Bréfritari: Þuríður Hallgrímsdóttir
Viðtakandi: Sólveig Jónsdóttir
Dagsetning: A-1866-08-12
Skrifað á: Hólmum  S-Múl.
Sólveig var dóttir Þuríðar

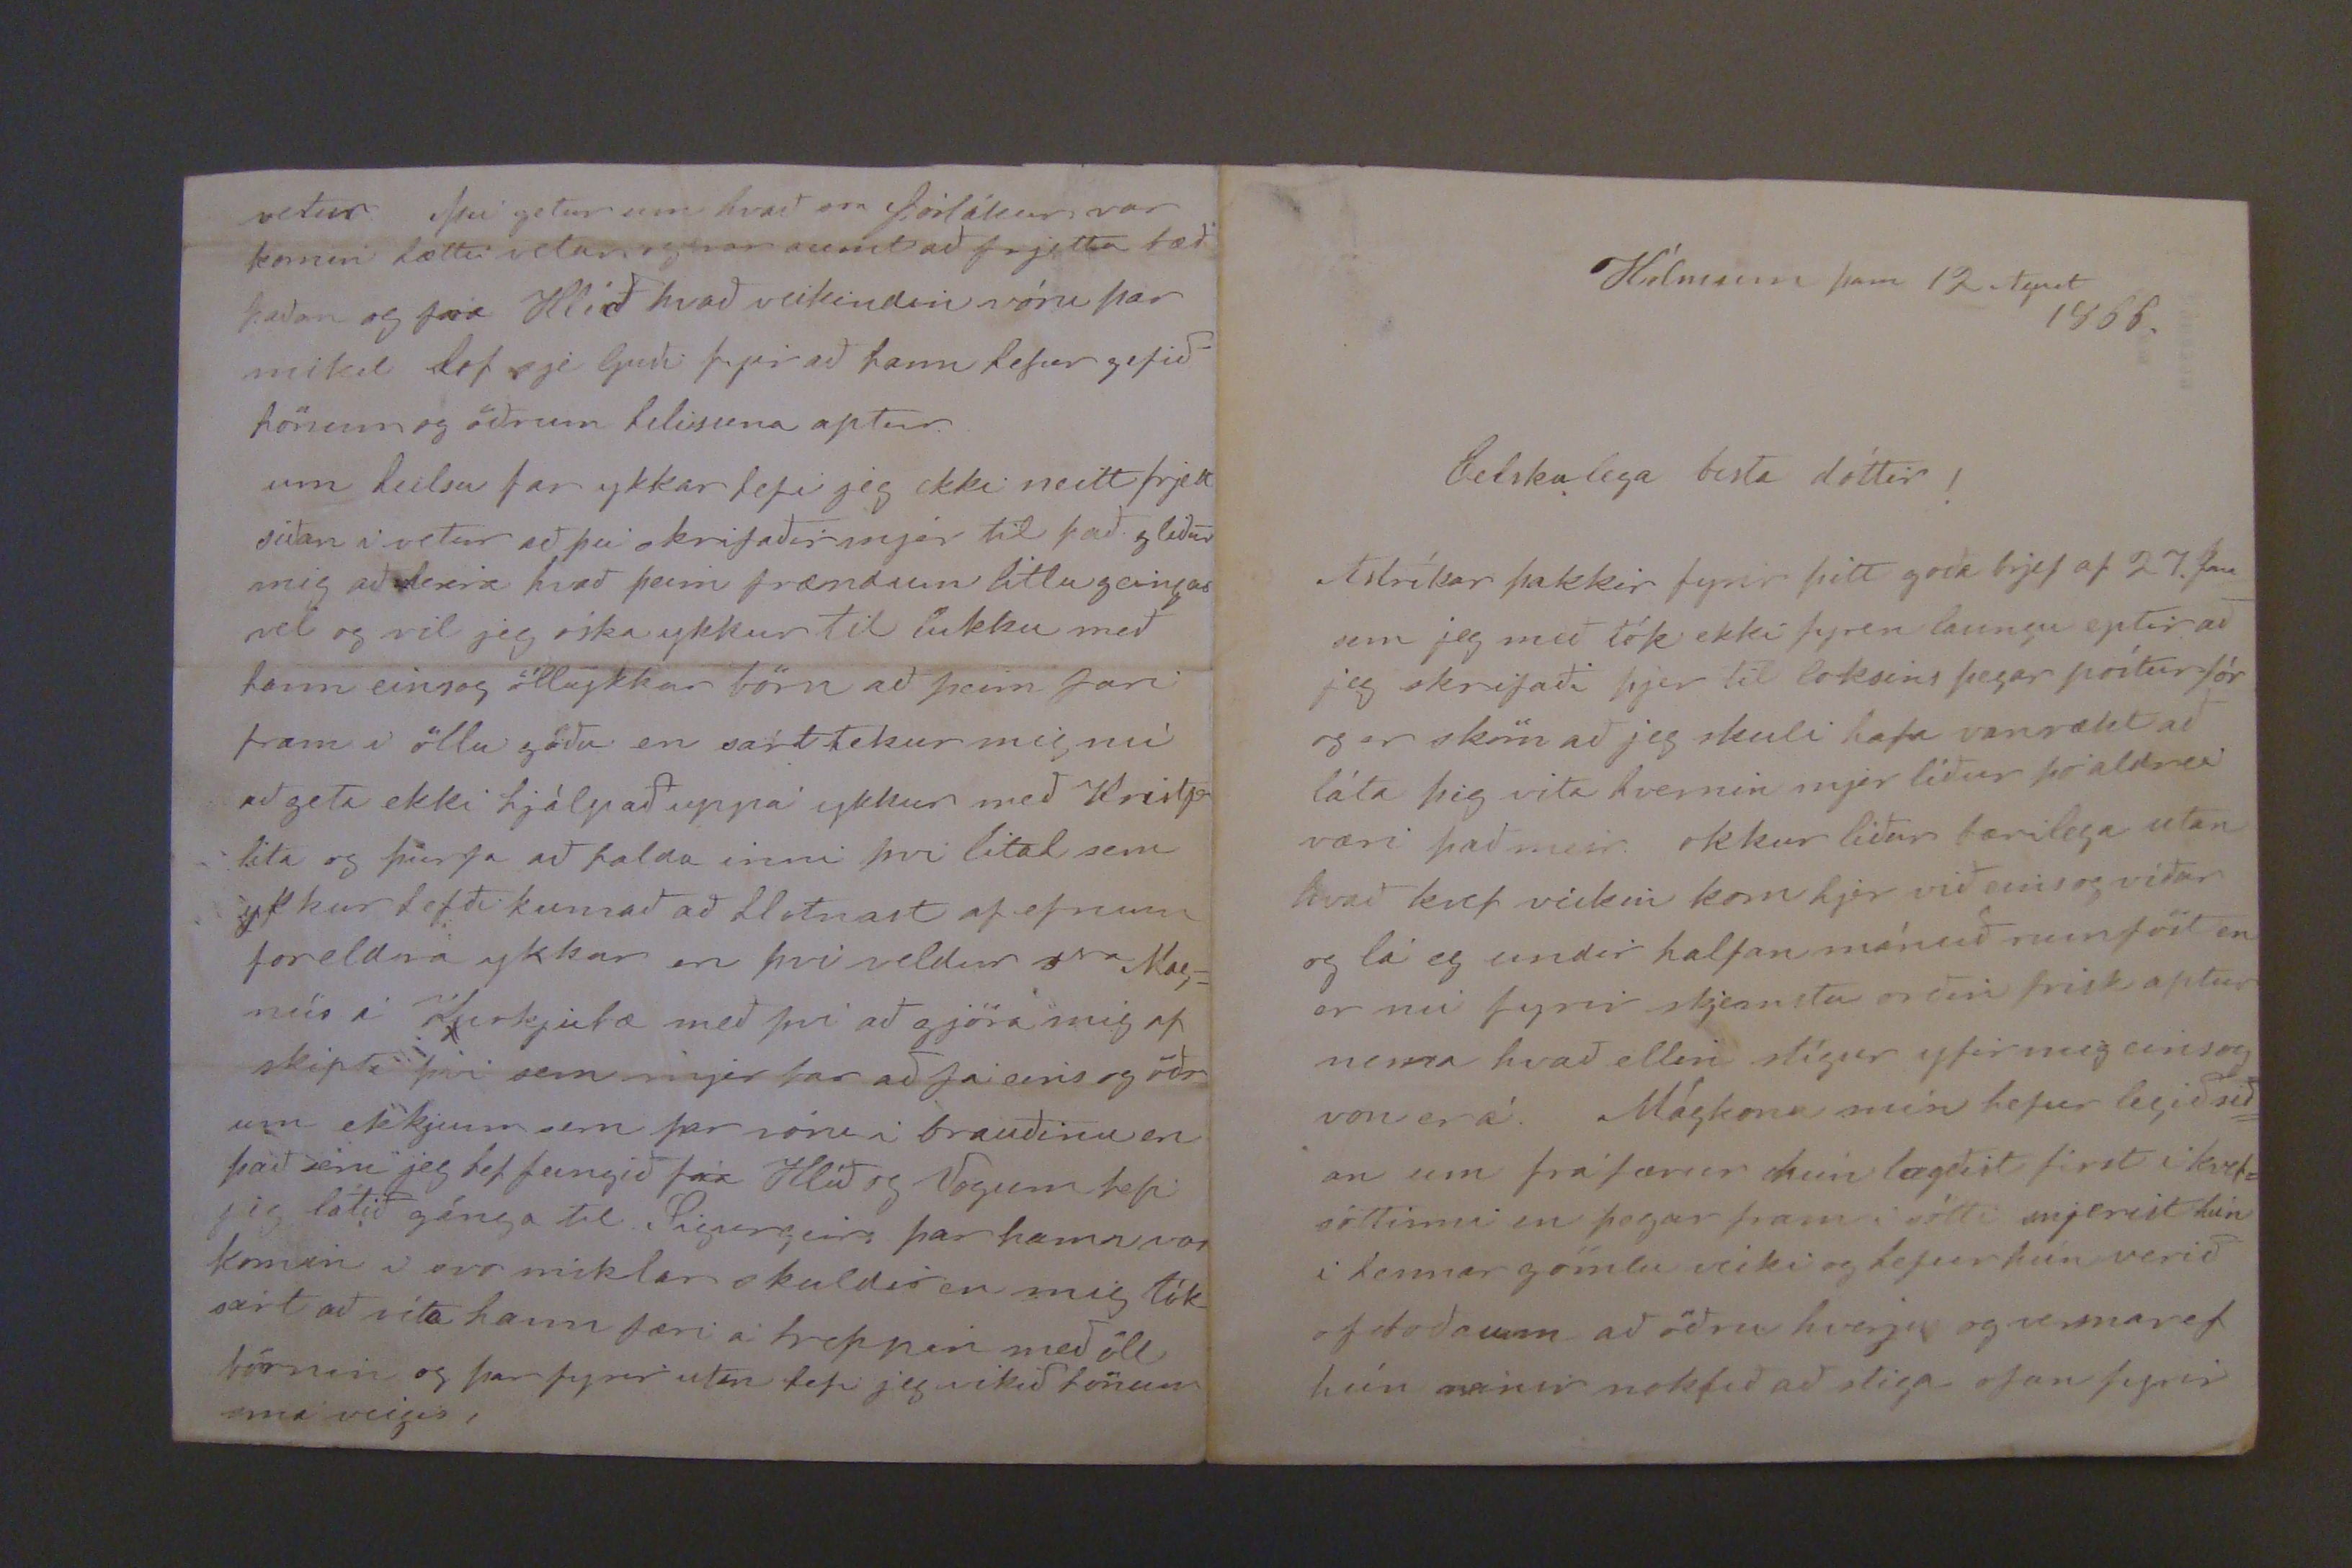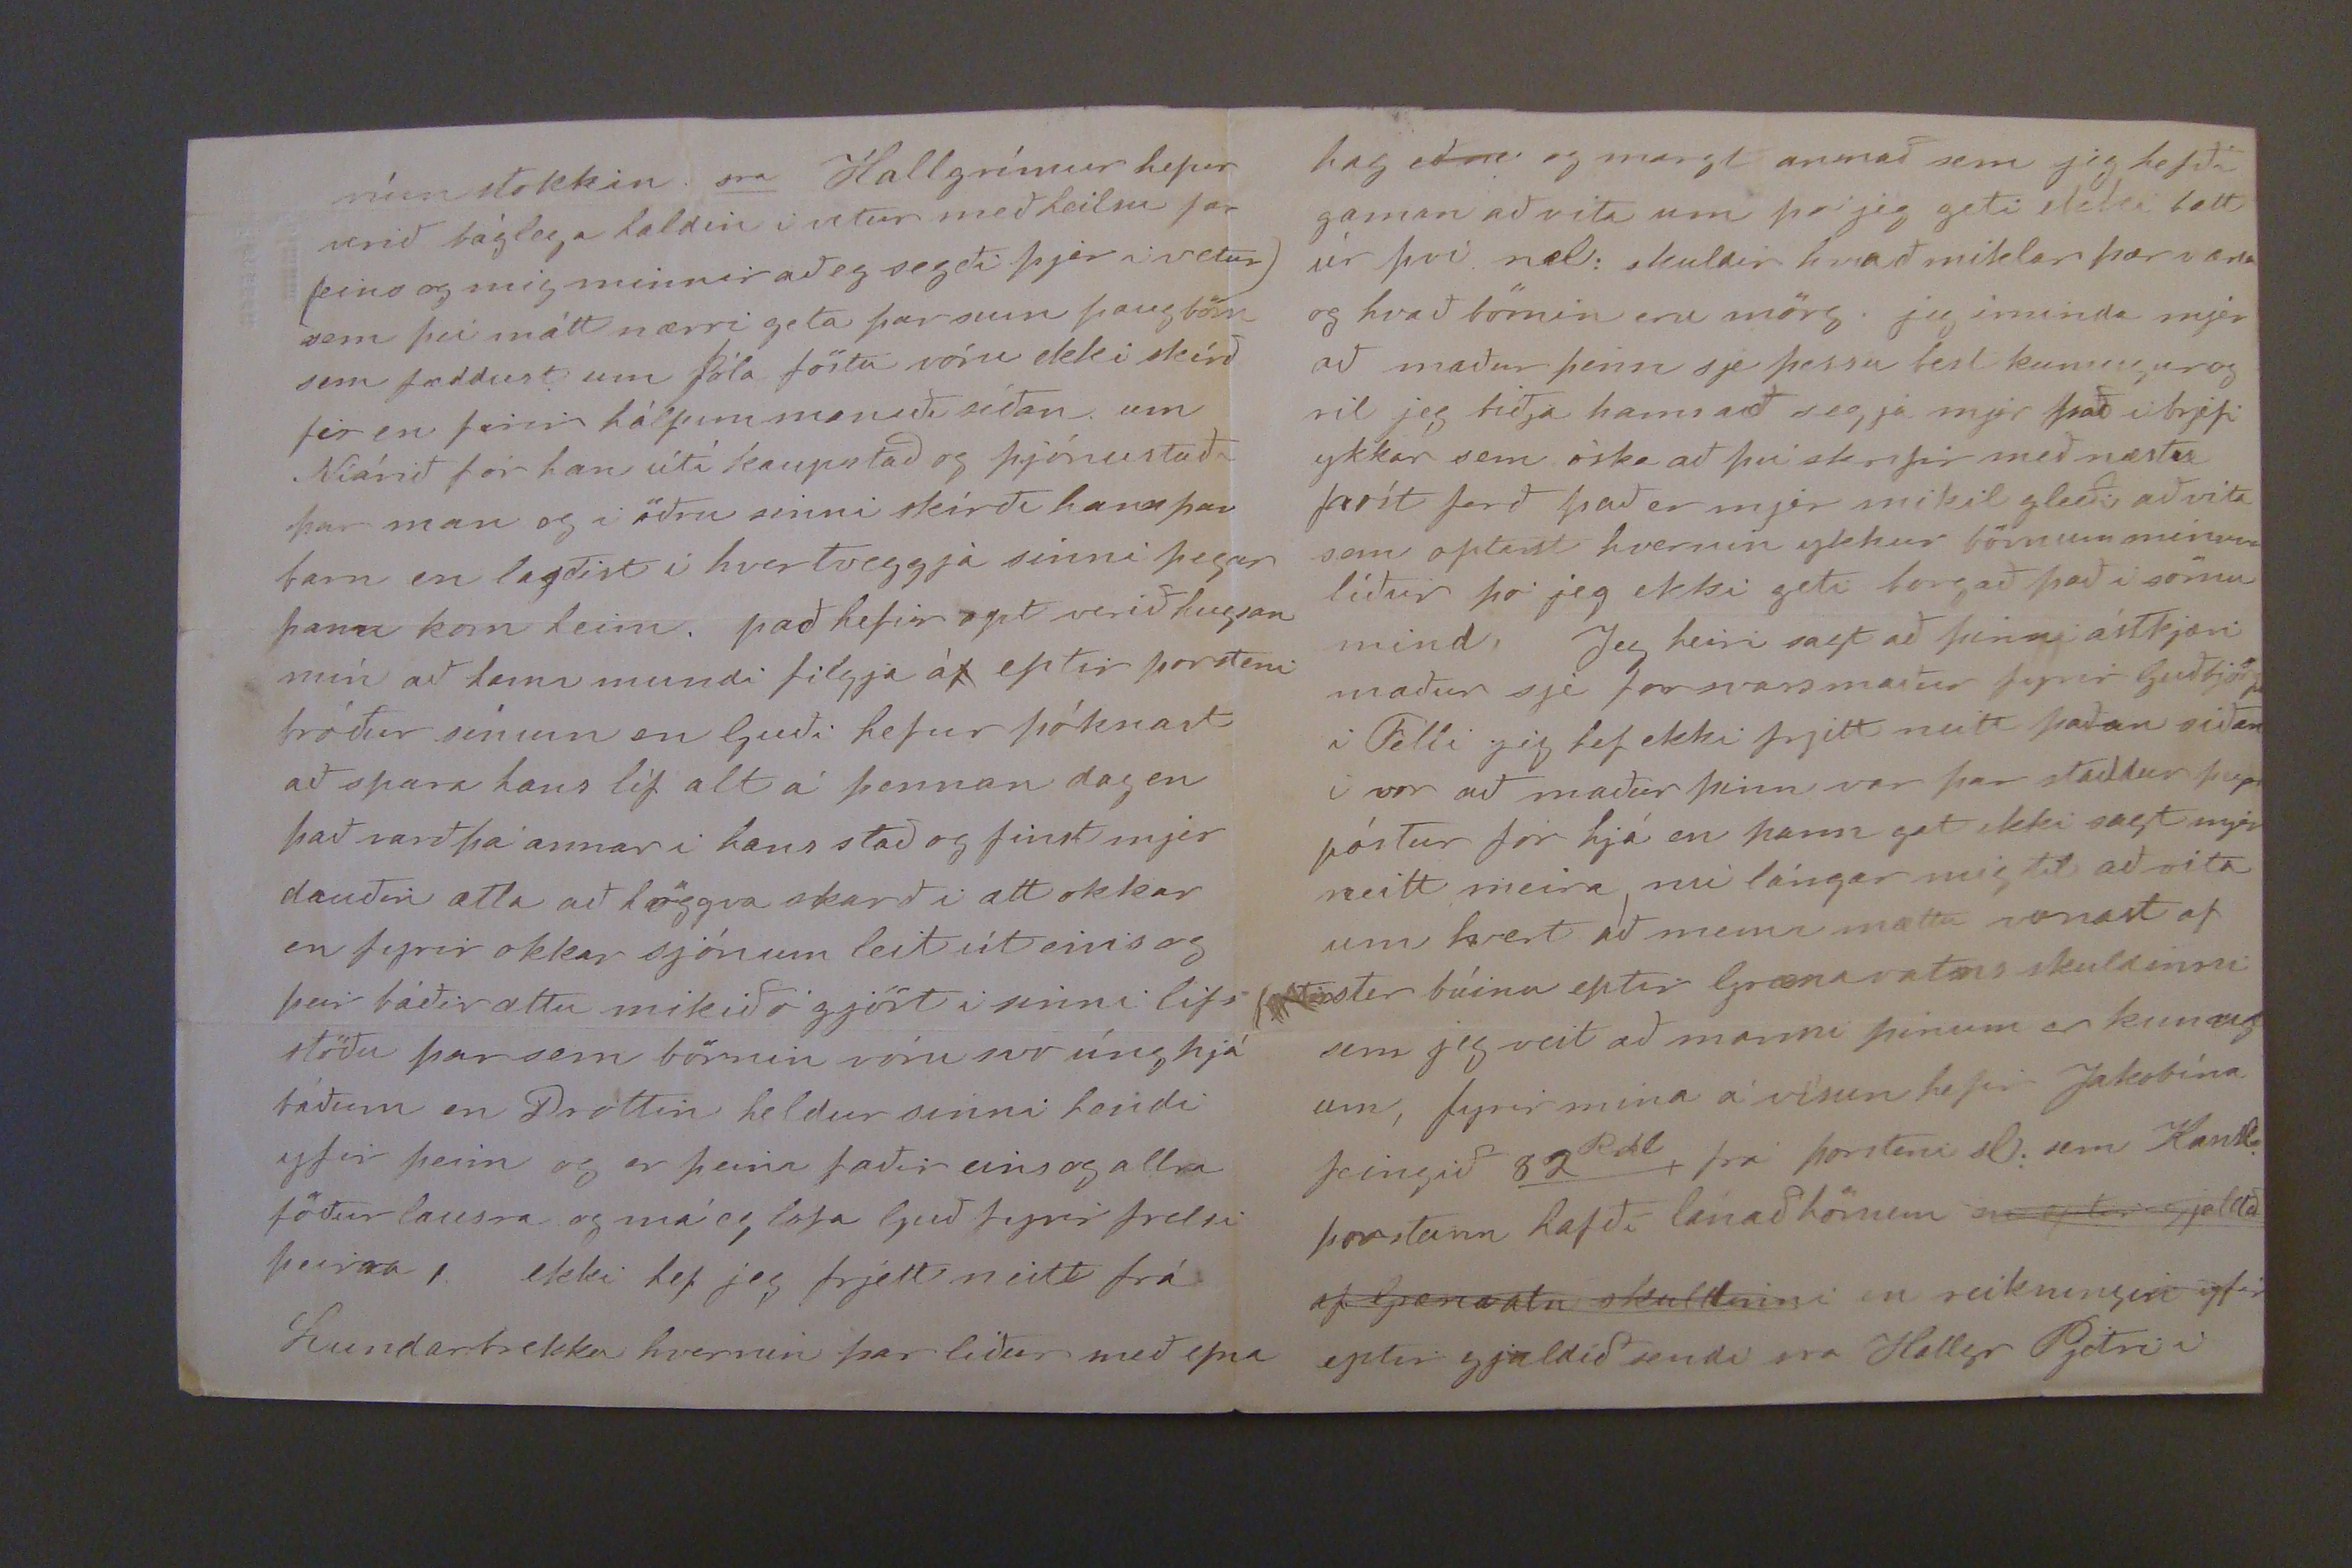

Hólmum þann 12 April 1866
Elskulega besta dóttir!
Astríkar þakkir fyrir þitt goda brjef af 27. þan sem jeg með tók ekki fyren laungu eptir að jeg skrifaði þjer til loksins þegar póstur fór og er sköm að jeg skuli hafa vanrækt að láta þig vita hvernin mjer líður þó aldrei væri það meir. okkkur líður bærilega utan hvað kvef veikin kom hjer við eins og víðar og lá eg undir halfan mánuð rumföst en er nú fyrir skjemstu orðin frisk aptur nema hvad ellin stígur yfir mig eins og von er á. Mágkkona mín hefur legið sið= an um fráfærur hún lagðist first í kvef= sóttinni en þegar fram í sótti snjerist hún i hennar gömlu veiki og hefur hún verið of boða um að öðru hverju og vesnar ef hún reinir
nokkuð
að stiga ofan fyrir
rúmstokkion sra Hallgrímur hefur verið láglega haldin i vetur með heilsu far (eins og mig minnir að eg segði þjer i vetur) sem þú mátt nærri geta þar mun þaug börn sem fæddust um Jóla föstu vóru ekki skírd fir en firir hálfum manuði síðan_ um Niárið fór han útí kaupstad og þjónustaði þar man og i öðru sinni skírði hann þar barn en lagðist i hvertveggja sinni þegar hann kom heim. það hefir opt verið hugsan mín að
00ni
mundi filgja á eptir þorsteni bróður sínum en Guði hefur þóknast að spara hans líf alt á þennan dag en það varð þá annar i hans stað og finst mjer dauðin ætla að höggva skarð att okkar en fyrir okkar sjónum leit út eins og þeir báðir ættu mikið gjört i sinni lifs= stöðu þar sem börnin vóru svo úng hjá téðum en Drottin heldur sinni hendi yfir þeim og er þeim faðir eins og allra föður lausra og má eg lofa Guð fyrir frelsi þeirra, ekki hef jeg frjett neitt frá Lundarbrekku hvernin þar liður með efna
hag
eda
og margt annað sem jeg hefði gaman að vita um svo jeg geti ekki bætt úr því næl: skuldir hvað miklar þær væru og hvað börnin eru mörg. jeg iminda mjer að maður þinn sje þessu bezt kunnugur og vil jeg biðja hann að segja mjer hvað i brjefi ykkar sem óska að þvi skrifir með næstu póst ferð hvað er mjer mikil gleði að vita sem optast hvernin ykkur börnum minum líður þó jeg ekki geti borgað það í sömu mind,, Jeg heiri sagt að seinni ástkjæri maður sje forsvarsmaður fyrir Guðbjörgu i Felli jeg hef ekki frjett neitt þaðan síðan i vor að maður þinn var þar staddur þegar póstur fór hjá en hann gat ekki sagt mjer neitt meira, nú lángar mig til að vita um hvort að menn mættu vonast af (
00tir
búinn eptir Grænavatnsskuldinni: sem jeg veit að manni þínum er kunugt um, fyrir mina á vísun hefir Jakobína feingið 82
Rdl
frá þorsteni sl: sem kanske þorsteinn hafði lánað honum
eptir gjalld= af Grænavatn skuldinni
en reikningin yfir eptir gjaldið sendi sra Hallgr Pjetri i
vetur þú getur um hvað sra Þorlákur var komin
hættu i000n
og var aumt að frjetta bæði þaðan og fra Hlíð hvað veikindin vóru þar mikil lof sje Guði fyrir að hann hefur gefið hönum og öðrum helisuna aptur. um heilsu far ykkar hefi jeg ekki neitt frjett síðan i vetur að þú skrifaðir mjer til það gleður mig að
heira
hvað þeim frændum litlu geingur vel og vil jeg óska ykkur til lukku með hann einsog ölluykkar börn að þeim fari fram i öllu góðu en sárt tekur mig nú að geta ekki hjálpað uppá ykkur með Krist
p lita
og þurfa að halda inni þvi lital sem ykkur hefði kunnað að hlotnast af efnum foreldra ykkar en þvi veldur S
ra
Mag= nús i Kirkjubæ með þvi að gjöra mig af skipti þvi sem mjer bar að fá eins og öðr um ekkjum sem þar vóru i brauðinu en það sem jeg hef feingið frá Hlíð og Vogum hefi sig látið gánga til Sigurgeirs þar hann var komin i svo miklar skuldir en mig tók sárt að via hann færi á
heppnin
með öll börnin og þar fyrir utan
fet0
jeg mikið hönum smá veigis,